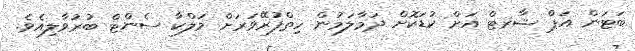
ބަޓަން އަޕް ޝާރޓް އަށް ކުޑަކޮށް ދަމާލަމުން ހިތްފުރޭވަރަށް މަލްކާ ސެންޓް ބުރުވާލިއެވެ.